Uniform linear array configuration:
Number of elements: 32
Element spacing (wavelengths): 1
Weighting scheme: hamming
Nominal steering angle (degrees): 0
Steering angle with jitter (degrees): -1.83
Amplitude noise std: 0.05
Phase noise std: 0.05

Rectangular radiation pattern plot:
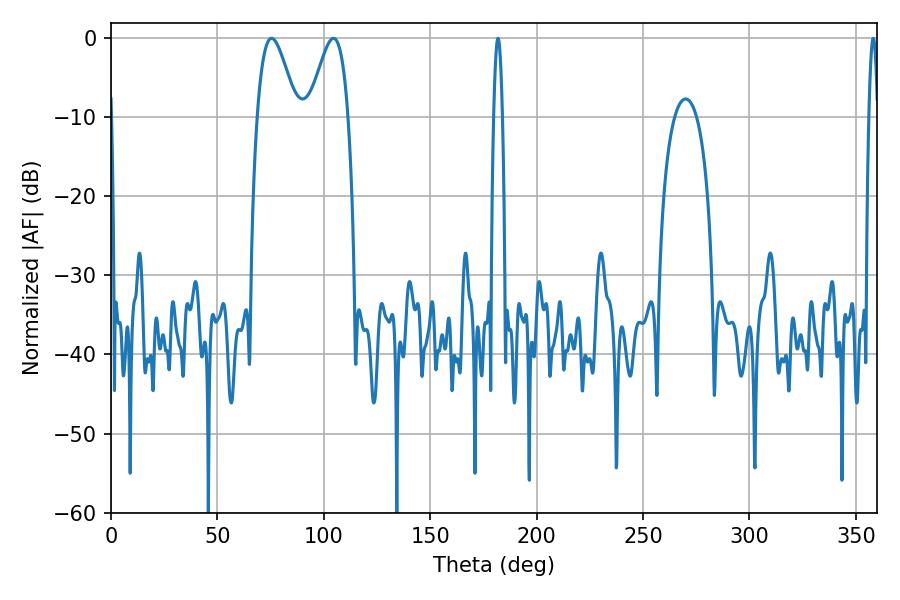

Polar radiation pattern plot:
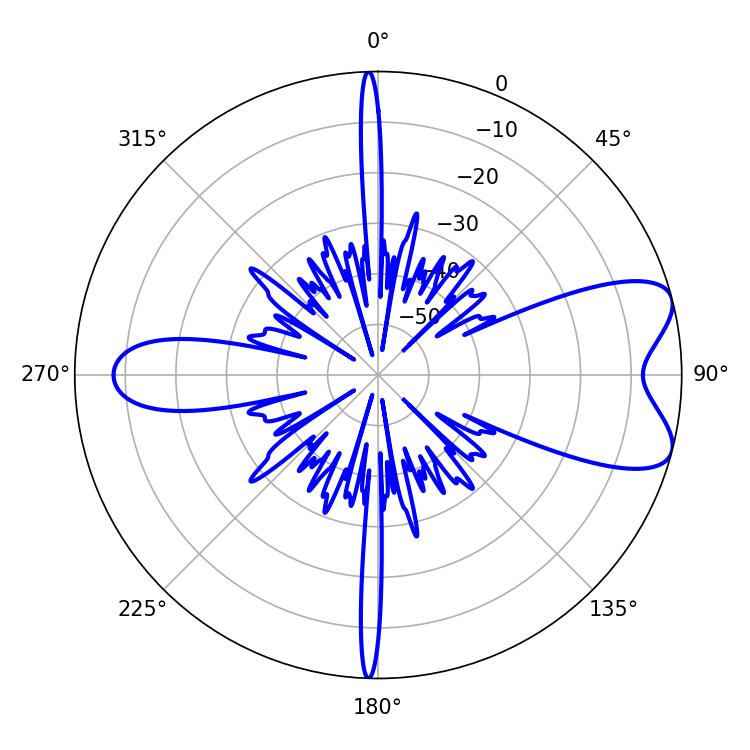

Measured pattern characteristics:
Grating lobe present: TRUE
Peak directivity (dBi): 7.67
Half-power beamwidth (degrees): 9.72
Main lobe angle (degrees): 75.42